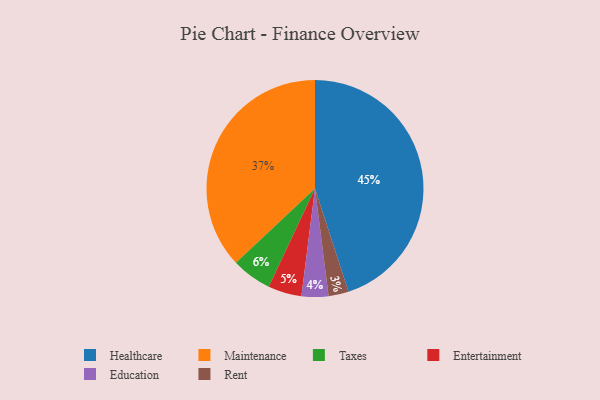
{"axis": {"x": "Category", "y": "Percentage"}, "legend": ["Education", "Entertainment", "Healthcare", "Maintenance", "Rent", "Taxes"], "data": [{"x": "Maintenance", "y": 37, "type": "Maintenance"}, {"x": "Entertainment", "y": 5, "type": "Entertainment"}, {"x": "Healthcare", "y": 45, "type": "Healthcare"}, {"x": "Education", "y": 4, "type": "Education"}, {"x": "Rent", "y": 3, "type": "Rent"}, {"x": "Taxes", "y": 6, "type": "Taxes"}]}